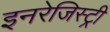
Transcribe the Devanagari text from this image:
इनरेजिस्ट्री